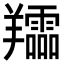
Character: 𦏪